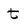
Character: t